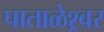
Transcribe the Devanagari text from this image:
पाताळेश्र्वर